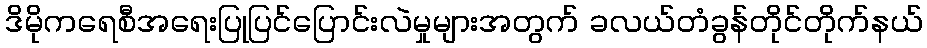
ဒိမိုကရေစီအရေးပြုပြင်ပြောင်းလဲမှုများအတွက် ခလယ်တံခွန်တိုင်တိုက်နယ်